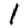
Digit: 1